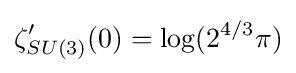
\zeta _{SU(3)}'(0)=\log(2^{4/3}\pi )